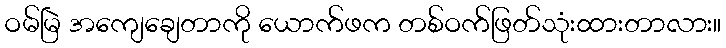
ဝမ်မြဲ အကျေချေတာကို ယောက်ဖက တစ်ဝက်ဖြတ်သုံးထားတာလား။